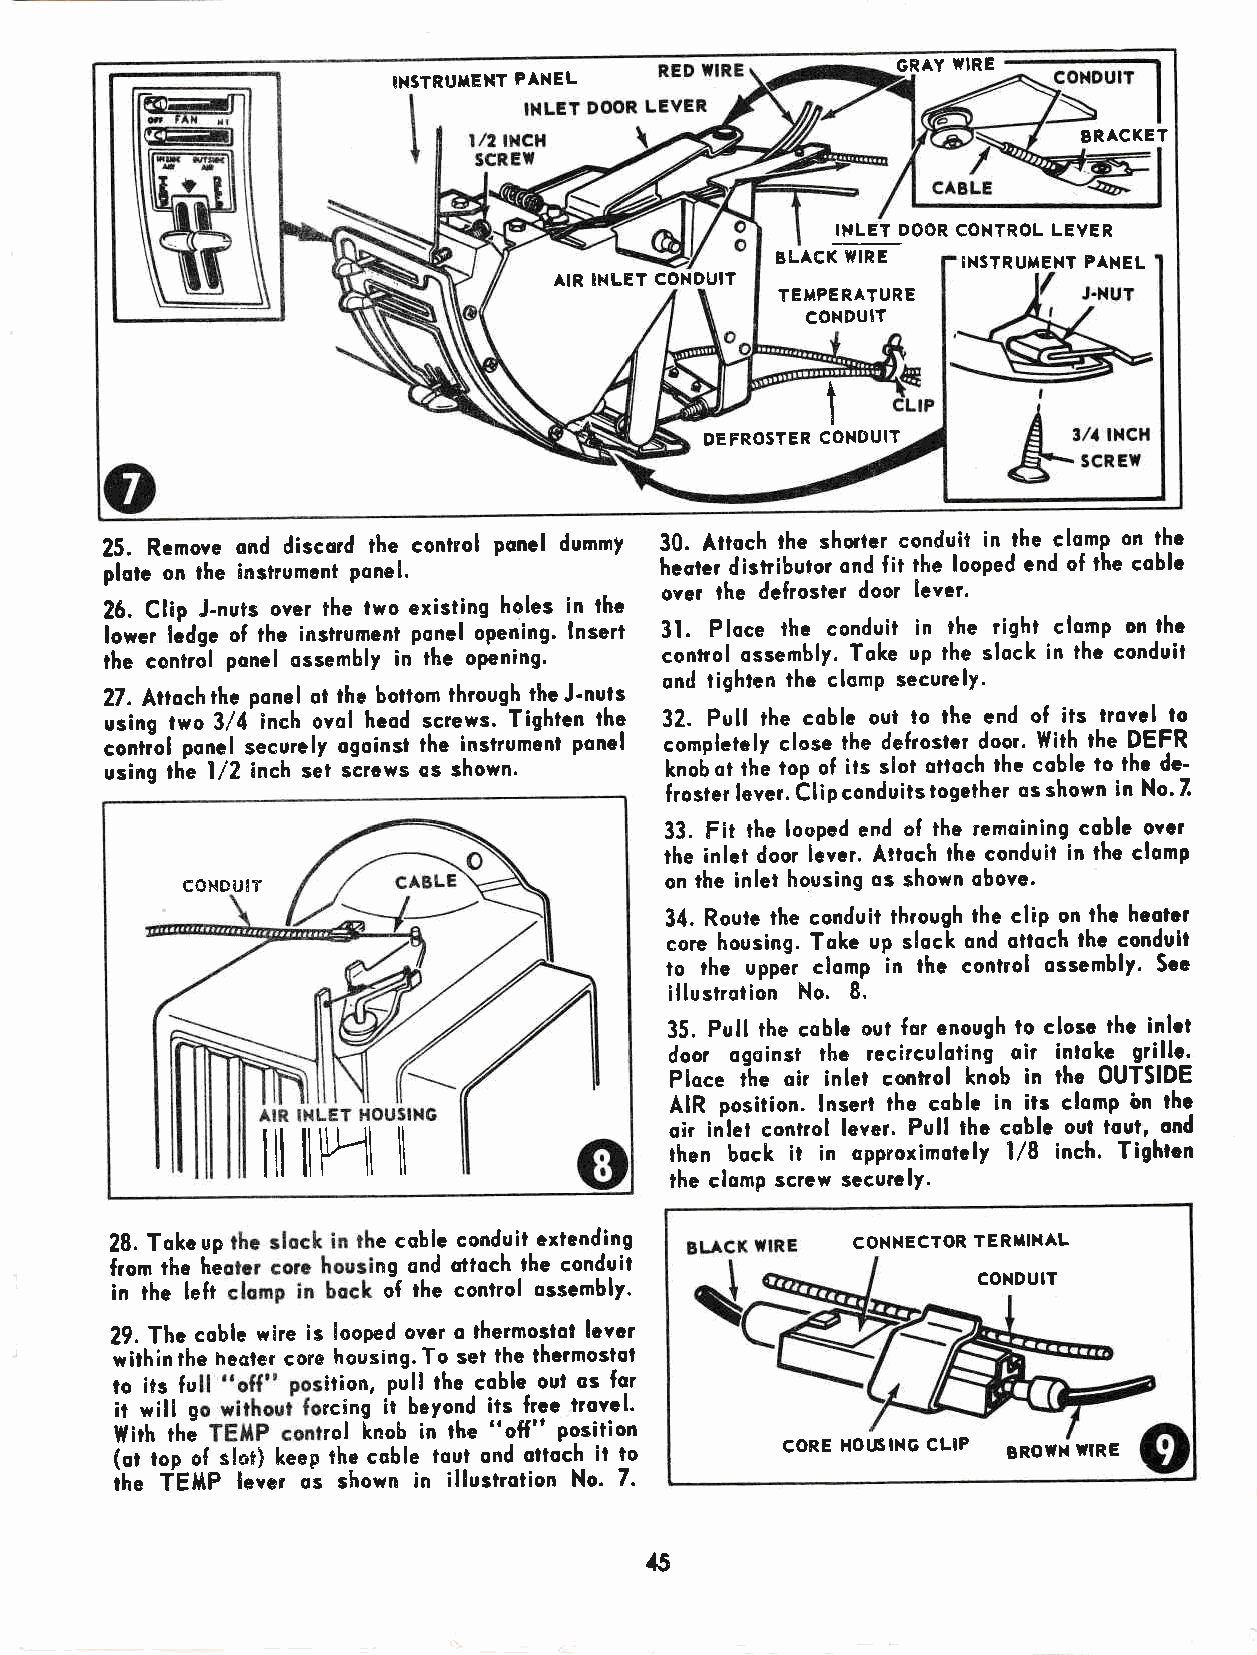
GRAY WIRE
 INSTRUMENT PANEL
 BRACKET
 INLET DOOR COXTROL LEVER
 BLACK WIRE   INSTRUMENT PANEL
 AIR I}'LET CONDUIT
 TEMPERATURE
 CONDUIT
 t
 DEFROSTER CONOUIT
 25, Remove ond discord the control ponel dummy 30. Aroch the shorter conduit in the clomp on thc
 plotc on the instrumant ponel.       heoter distributor ond f lt the looped end of the coblc
 over lhe dcfroster door lcver.
 26. Clip J-nuls over ihe lwo existing holes in the
 Iower lcdge of the insirumenl ponel opening. lnsert 31. Ploce the conduit in the right clomp on thc
 the control ponel ossembly in the opening. control ossembly. Toke up the slock in the conduit
 ond tighten the clornp securely.
 27. Attoch the ponel ot the bottom through the J'nuts
 using two 314'inch ovol heod screws. Tighten thc 32. Pull the coblc oul lo the end of its trovel lo
 conriol ponel securely ogoinst the instrument ponel complelely close ihe defioster doq. With the DEFR
 using the l/2 inch sel scrcws os shown. knob ot rhl top of its slot ottoch the coble to thc dc'
 frosler lever. Ciip conduits iogether os shown in No. 7
 33. Fit the loopad end of lhe remoining coble over
 the inlet door levcr. Attoch the conduit in the clomp
 CONBU'T                         on ihe inlet housing os shown obove.
 34. Route the conduit through the clip on the heoicr
 core housing. Toke up slock ond ottoch the conduit
 to the upper clomp in the conlrol ossembly. Scc
 illusrqtion No.8"
 35. Pull the coblc oul for enough lo closc the inlct
 door ogoinst the recirculoiing oir intokc gtil,!c-.
 Ploce the oir inlet conhol knob in the OUTSIDE
 AIR position. lnseri the coblc in iis clomp bn thc
 oir iitet eontrol Iever. Pull thc coblc out toul, ond
 ilt ilpll                  then bock it in cpproximotcly l/8 inch. Tightcn
 ll
 the clomp scrcw securc!y.
 up
 28. Tokc          e coble conduit extending      CONNECTOR TERfIXAL
 hL
 from the          ng ond ottoch the conduit
 in the lefi       of rhe conlrol ossembly.                CONDUIT
 29. Thc coble wlre is looped over o ?hermoslot lcvcr
 iirhlnthe hecter core housing.To set the thcrmoslst
 to its fu     ition, pull the coble oul os for
 it will g    rcing ii beyond its frcc trovel.
 l{irh thi    rol knob in the "off" position
 (ot top of siot) keep the coble toul ond ottoch it io CORE HOTISING CLIP BROTH ilRE
 it" fgmp lever os shown in illustrotion No. 7.
 {5